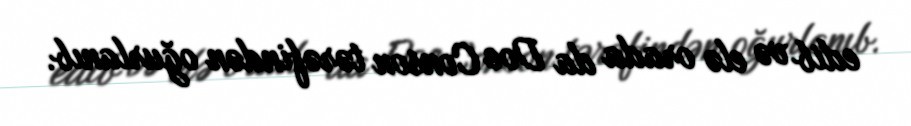
edib və elə orada da Doe Conson tərəfindən oğurlanıb.